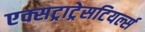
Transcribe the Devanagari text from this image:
एक्सट्राट्रेसटियर्ल्स